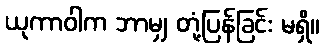
ယုကာဝါက ဘာမျှ တုံ့ပြန်ခြင်း မရှိ။